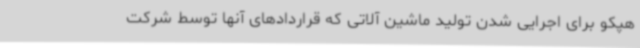
هپکو برای اجرایی شدن تولید ماشین آلاتی که قراردادهای آنها توسط شرکت